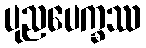
ပုညပေက္ခဿ